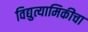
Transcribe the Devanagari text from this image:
विद्युत्यामिकीचा